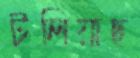
টলিয়াছ